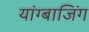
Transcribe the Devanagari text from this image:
यांग्बाजिंग